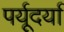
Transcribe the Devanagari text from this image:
पर्यूदर्या